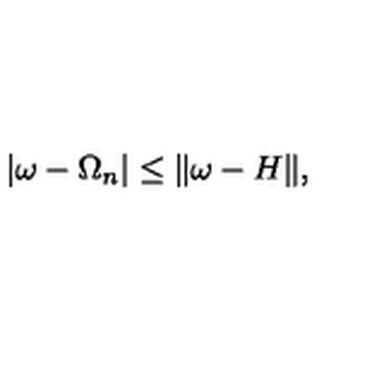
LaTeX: | \omega - \Omega _ { n } | \leq \| \omega - H \| ,